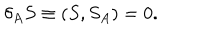
LaTeX: \delta _ { A } S \equiv ( S , S _ { A } ) = 0 .